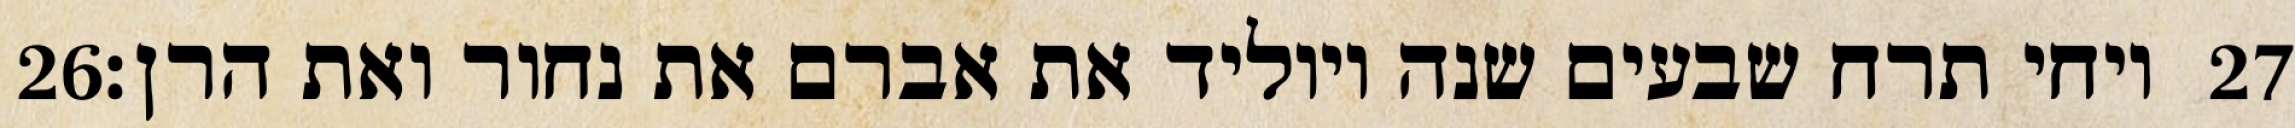
‎26‏ ויחי תרח שבעים שנה ויוליד את אברם את נחור ואת הרן׃ ‎27‏